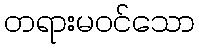
တရားမဝင်သော